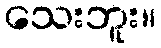
သေးဘူး။